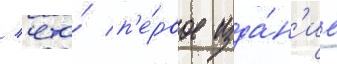
/ что́ п'е́рвое изда́н'ие